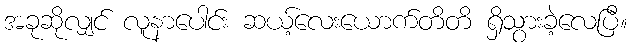
အခုဆိုလျှင် လူနာပေါင်း ဆယ့်လေးယောက်တိတိ ရှိသွားခဲ့လေပြီ။